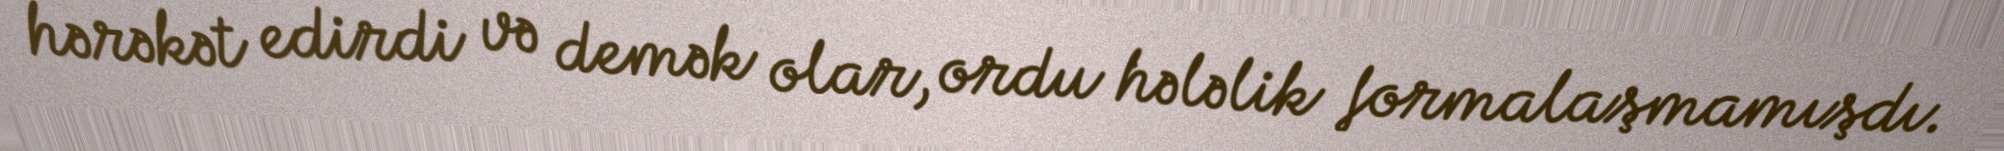
hərəkət edirdi və demək olar, ordu hələlik formalaşmamışdı.